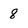
Character: 8